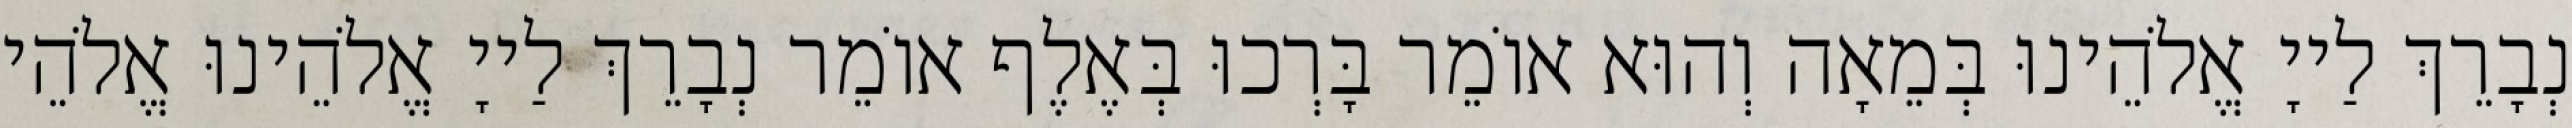
נְבָרֵךְ לַייָ אֱלֹהֵינוּ בְּמֵאָה וְהוּא אוֹמֵר בָּרְכוּ בְּאֶלֶף אוֹמֵר נְבָרֵךְ לַייָ אֱלֹהֵינוּ אֱלֹהֵי